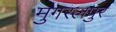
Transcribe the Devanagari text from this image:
मुगरलपुर